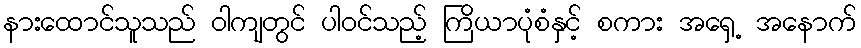
နားထောင်သူသည် ဝါကျတွင် ပါဝင်သည့် ကြိယာပုံစံနှင့် စကား အရှေ့ အနောက်